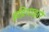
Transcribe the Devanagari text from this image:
इंद्रियाद्वारे